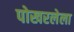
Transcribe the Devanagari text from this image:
पोखरलेला